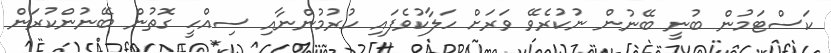
ކަސްޓަމުން ބުނީ ބޭނުން ނުކުރެވޭ ވަރަށް ހަލާކުވެފައި ހުރުމުންނާއި ސިއްހީ ގޮތުން ބޭނުންކުރަން